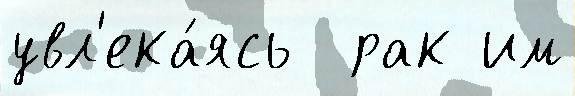
увл'ека́ясь  рак им